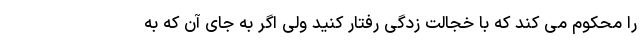
را محکوم می کند که با خجالت زدگی رفتار کنید ولی اگر به جای آن که به